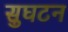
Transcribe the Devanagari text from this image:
सुघटन